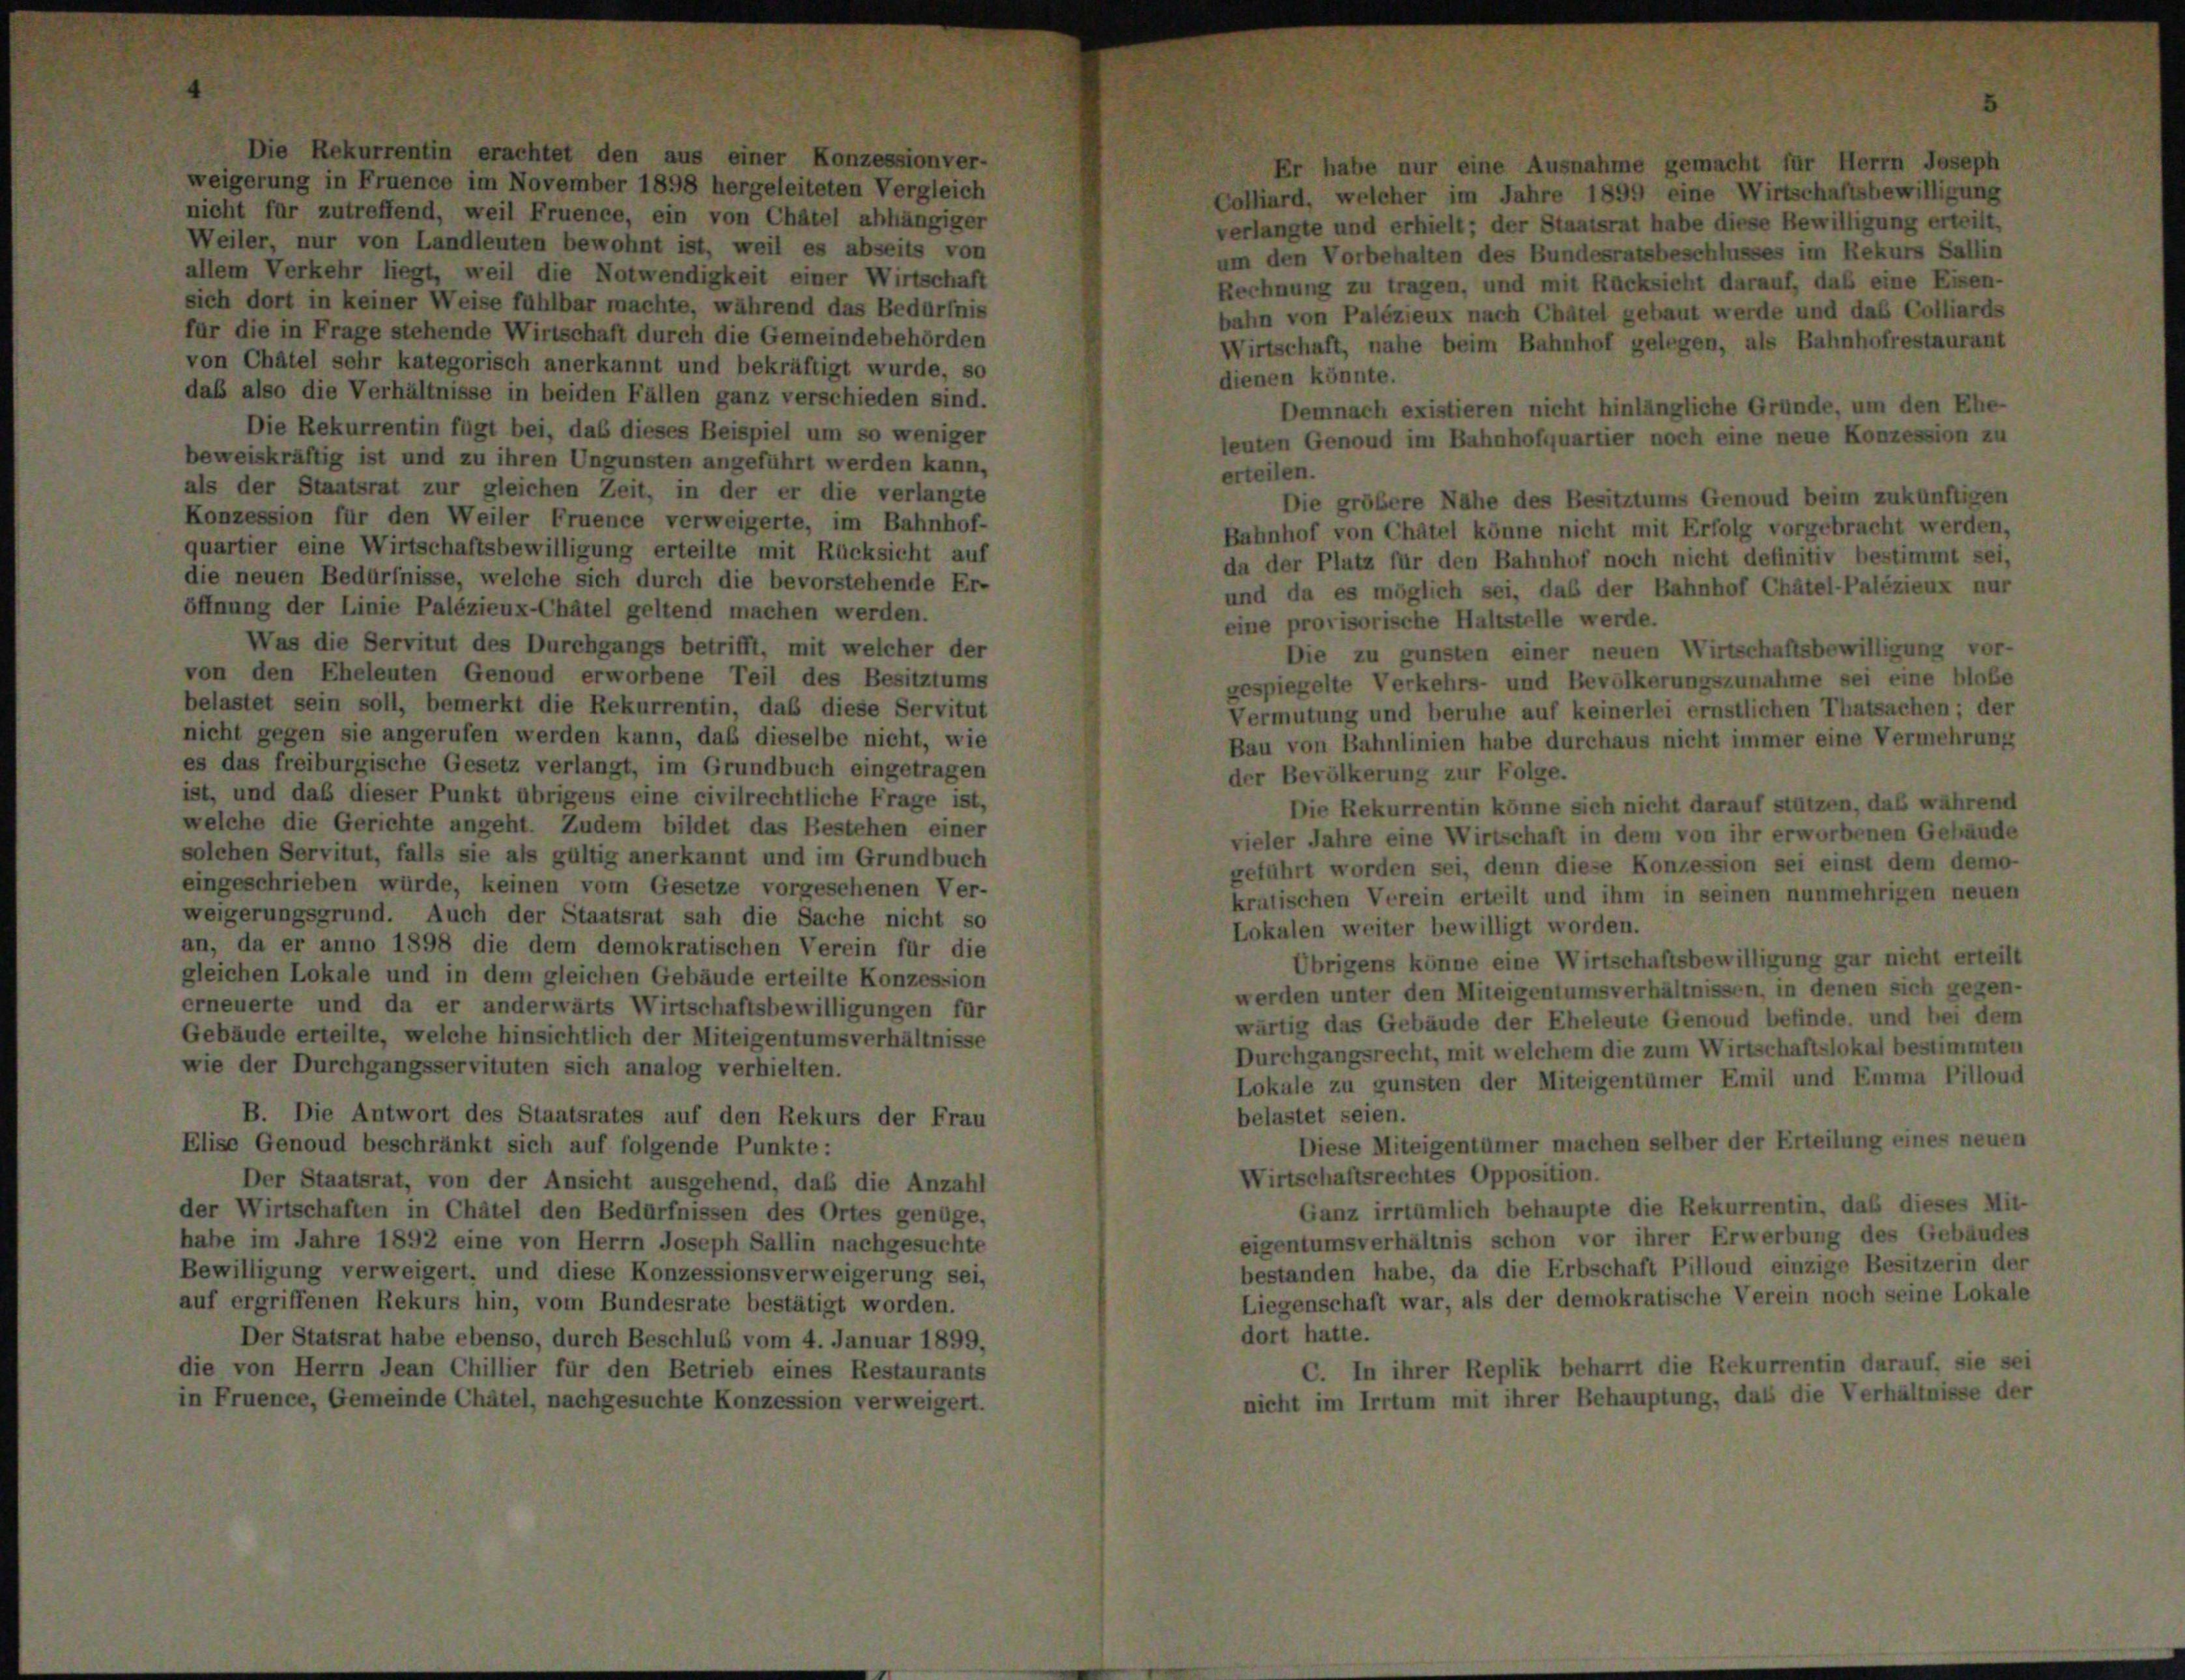
et den

s einer Konzession,

weigerung in Fruence im November 1898 hergeleiteten Vergleich
Colliard, welcher im Jahre 1899 eine Wirtschaftsbewilligung
nicht für zutreffend, weil Fruence, ein von Châtel abhängiger
verlangte und erhielt; der Staatsrat habe diese Bewilligung erteilt,
Weiler, nur von Landleuten bewohnt ist, weil es abseits von
um den Vorbehalten des Bundesratsbeschlusses im Rekurs Sallin
allem Verkehr liegt, weil die Notwendigkeit einer Wirtschaft
Rechnung zu tragen, und mit Rücksicht darauf, daß eine Eisen-
sich dort in keiner Weise fühlbar machte, während das Bedürfnis
bahn von Palézieux nach Châtel gebaut werde und das Colliards
für die in Frage stehende Wirtschaft durch die Gemeindebehörden
Wirtschaft, nahe beim Bahnhof gelegen, als Bahnhofrestaurant
von Chatel sehr kategorisch anerkannt und bekräftigt wurde, so
dienen könnte.
das also die Verhältnisse in beiden Fällen ganz verschieden sind.
Demnach existieren nicht hinlängliche Gründe, um den Ehe
Die Rekurrentin fügt bei, daß dieses Beispiel um so weniger
leuten Genoud im Bahnhofquartier noch eine neue Konzession zu
beweiskräftig ist und zu ihren Ungunsten angeführt werden kann,
erteilen.
als der Staatsrat zur gleichen Zeit, in der er die verlangte
Die größere Nähe des Besitztums Genoud beim zukünftigen
Konzession für den Weiler Fruence verweigerte, im Bahnhof-
Bahnhof von Châtel könne nicht mit Erfolg vorgebracht werden,
quartier eine Wirtschaftsbewilligung erteilte mit Rücksicht auf
da der Platz für den Bahnhof noch nicht definitiv bestimmt sei,
die neuen Bedürfnisse, welche sich durch die bevorstehende Er-
und da es möglich sei, daß der Bahnhof Chätel-Palézieux nur
öffnung der Linie Palézieux-Châtel geltend machen werden.
eine provisorische Haltstelle werde.
Was die Servitut des Durchgangs betrifft, mit welcher der
Die zu gunsten einer neuen Wirtschaftsbewilligung vor-
von den Eheleuten Genond erworbene Teil des Besitztums
gespiegelte Verkehrs- und Bevölkerungszunahme sei eine bloße
belastet sein soll, bemerkt die Rekurrentin, daß diese Servitut
Vermutung und beruhe auf keinerlei ernstlichen Thatsachen; der
nicht gegen sie angerufen werden kann, daß dieselbe nicht, wie
Bau von Bahnlinien habe durchaus nicht immer eine Vermehrung
es das freiburgische Gesetz verlangt, im Grundbuch eingetragen
der Bevölkerung zur Folge.
ist, und daß dieser Punkt übrigens eine civilrechtliche Frage ist,
Die Rekurrentin könne sich nicht darauf stützen, daß während
welche die Gerichte angeht. Zudem bildet das Bestehen einer
vieler Jahre eine Wirtschaft in dem von ihr erworbenen Gebäude
solchen Servitut, falls sie als gültig anerkannt und im Grundbuch
geführt worden sei, denn diese Konzession sei einst dem demo-
eingeschrieben würde, keinen vom Gesetze vorgesehenen Ver-
kratischen Verein erteilt und ihm in seinen nunmehrigen neuen
weigerungsgrund. Auch der Staatsrat sah die Sache nicht so
Lokalen weiter bewilligt worden.
an, da er anno 1898 die dem demokratischen Verein für die
Übrigens könne eine Wirtschaftsbewilligung gar nicht erteilt
gleichen Lokale und in dem gleichen Gebäude erteilte Konzession
werden unter den Miteigentumsverhältnissen, in denen sich gegen-
erneuerte und da er anderwärts Wirtschaftsbewilligungen für
wärtig das Gebäude der Eheleute Genoud befinde, und bei dem
Gebäude erteilte, welche hinsichtlich der Miteigentumsverhältnisse
Durchgangsrecht, mit welchem die zum Wirtschaftslokal bestimmten
wie der Durchgangsservituten sich analog verhielten.
Lokale zu gunsten der Miteigentümer Emil und Emma Pilloud
B. Die Antwort des Staatsrates auf den Rekurs der Frau
belastet seien.
Diese Miteigentümer machen selber der Erteilung eines neuen
Elise Genoud beschränkt sich auf folgende Punkte:
Wirtschaftsrechtes Opposition.
Der Staatsrat, von der Ansicht ausgehend, daß die Anzahl
Ganz irrtümlich behaupte die Rekurrentin, daß dieses Mit-
der Wirtschaften in Châtel den Bedürfnissen des Ortes genüge,
eigentumsverhältnis schon vor ihrer Erwerbung des Gebäudes
habe im Jahre 1892 eine von Herrn Joseph Sallin nachgesuchte
bestanden habe, da die Erbschaft Pilloud einzige Besitzerin der
Bewilligung verweigert, und diese Konzessionsverweigerung sei,
Liegenschaft war, als der demokratische Verein noch seine Lokale
auf ergriffenen Rekurs hin, vom Bundesrate bestätigt worden.
dort hatte.
Der Statsrat habe ebenso, durch Beschluß vom 4. Januar 1899.
C. In ihrer Replik beharrt die Rekurrentin darauf, sie sei
die von Herrn Jean Chillier für den Betrieb eines Restaurants
nicht im Irrtum mit ihrer Behauptung, daß die Verhältnisse der
in Fruence, Gemeinde Châtel, nachgesuchte Konzession verweigert.

Er habe nur eine A

gemacht für Herrn Joseph